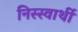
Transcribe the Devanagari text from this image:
निस्स्वार्थी